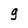
Character: g